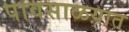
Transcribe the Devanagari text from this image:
पावसाळय़ात